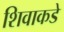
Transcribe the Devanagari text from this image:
शिवाकडे